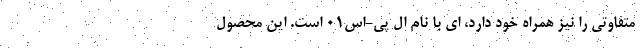
متفاوتی را نیز همراه خود دارد، ای با نام ال پی-اس01 است. این محصول